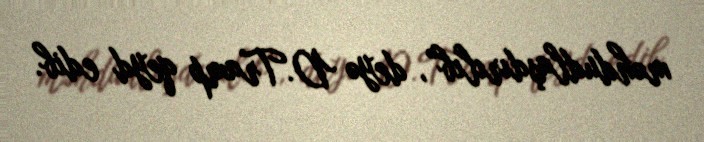
məhdudlaşdırılıb”, deyə D.Tramp qeyd edib.